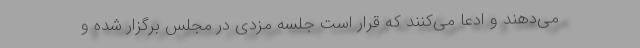
می‌دهند و ادعا می‌کنند که قرار است جلسه مزدی در مجلس برگزار شده و